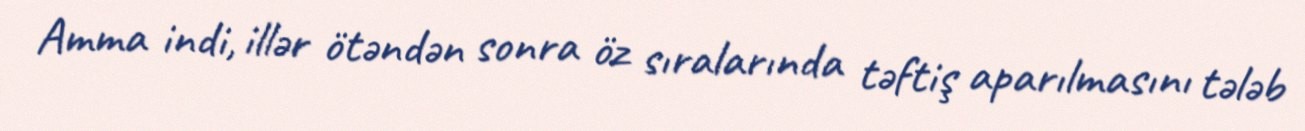
Amma indi, illər ötəndən sonra öz sıralarında təftiş aparılmasını tələb